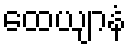
ထေယျာနံ